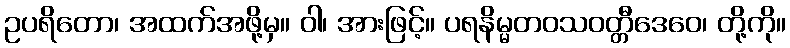
ဥပရိတော၊ အထက်အဖို့မှ။ ဝါ၊ အားဖြင့်။ ပရနိမ္မတဝသဝတ္တီဒေဝေ၊ တို့ကို။